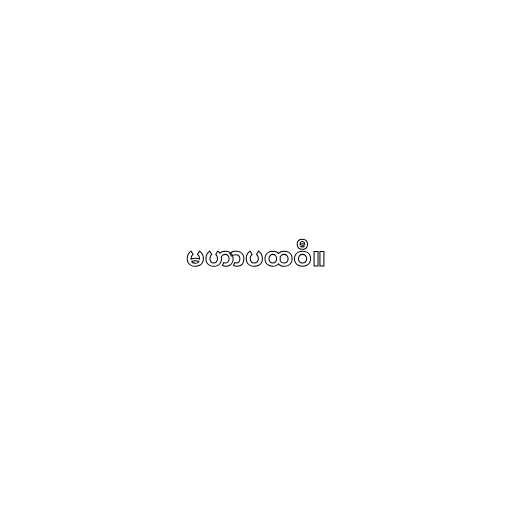
မဟာပထဝီ။